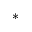
^ *